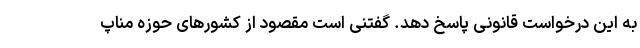
به این درخواست قانونی پاسخ دهد. گفتنی است مقصود از کشور‌های حوزه مناپ